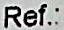
REF.: